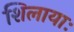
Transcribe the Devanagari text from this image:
शिलायाः